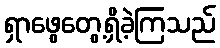
ရှာဖွေတွေ့ရှိခဲ့ကြသည်